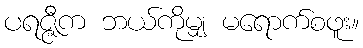
ပရဇ္ဇီက ဘယ်ကိုမျှ မရောက်စဖူး။